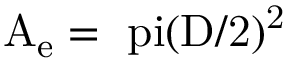
\mathrm { { A _ { e } } = \ p i ( \mathrm { { D } / 2 ) ^ { 2 } } }